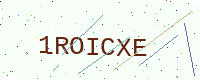
Text: 1ROICXE